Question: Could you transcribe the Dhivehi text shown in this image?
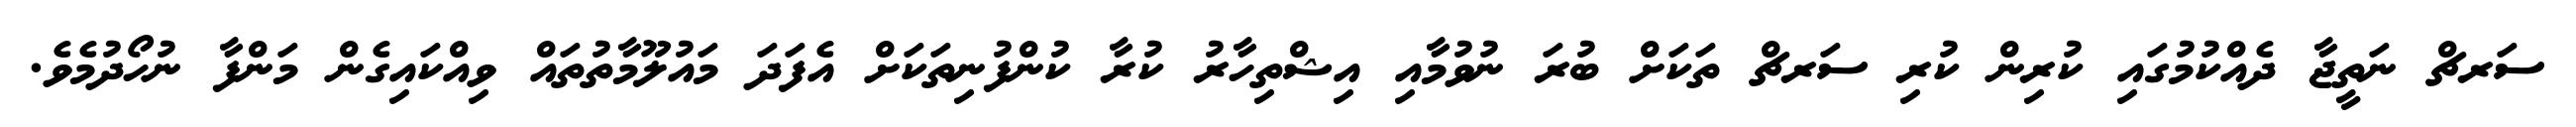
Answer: ސަރޗް ނަތީޖާ ދެއްކުމުގައި ކުރިން ކުރި ސަރޗް ތަކަށް ބުރަ ނުވުމާއި އިޝްތިހާރު ކުރާ ކުންފުނިތަކަށް އެފަދަ މައުލޫމާތުތައް ވިއްކައިގެން މަންފާ ނުހޯދުމެވެ.